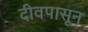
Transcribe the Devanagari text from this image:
दीवपासून